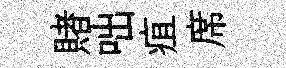
賭咄疽席